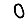
Digit: 0